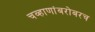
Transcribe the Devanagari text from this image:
चव्हाणांबरोबरच